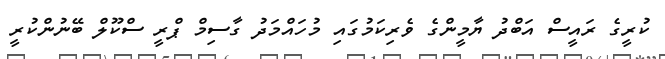
ކުރީގެ ރައީސް އަބްދު ޔާމީންގެ ވެރިކަމުގައި މުހައްމަދު ގާސިމް ޕްރީ ސްކޫލް ބޭނުންކުރީ